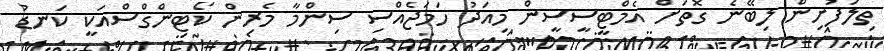
ތިލަފުށިން ލިބޭނެ ގޮތަށް އެމްޓީސީސީން މިއަދު ހަމަޖެއްސި ސިންމާ މެރިން ކޯޓިންގްސްއަކީ ކަނޑު